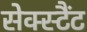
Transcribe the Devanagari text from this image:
सेक्स्टैंट